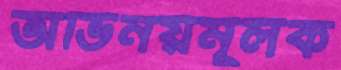
অভিনয়মূলক